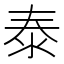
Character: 泰